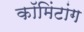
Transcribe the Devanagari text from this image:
कॉमिंटांग